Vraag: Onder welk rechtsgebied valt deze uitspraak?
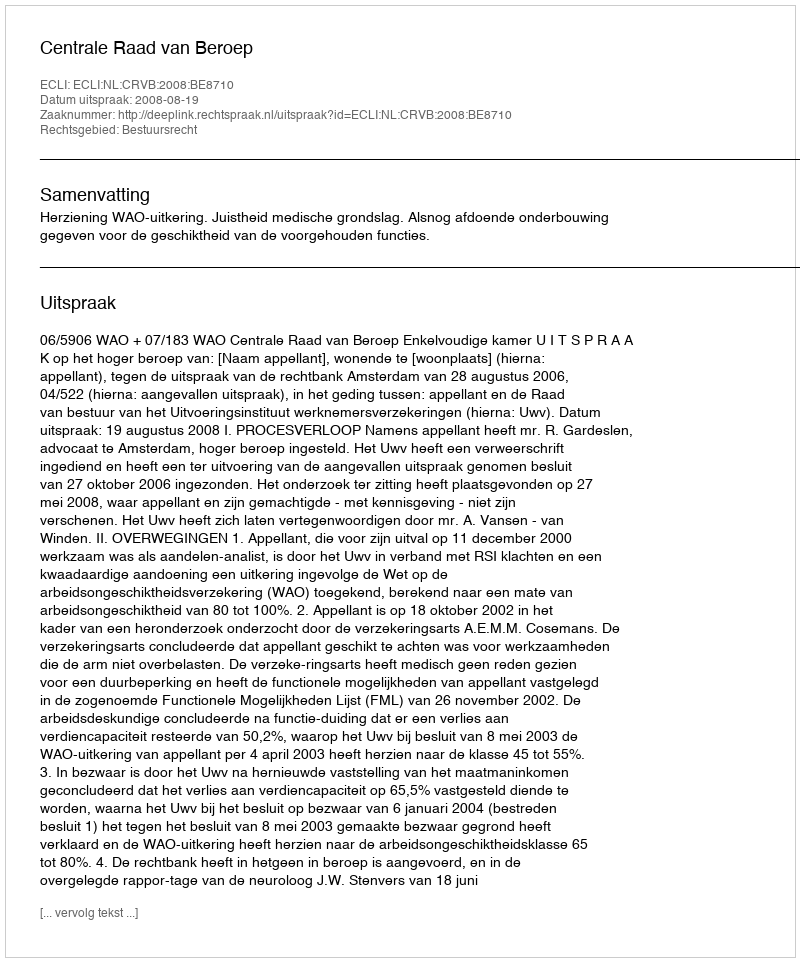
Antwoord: Bestuursrecht